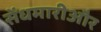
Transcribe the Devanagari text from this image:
सेंधमारीऔर